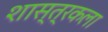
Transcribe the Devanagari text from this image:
शास्त्रकला